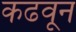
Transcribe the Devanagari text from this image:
कढवून